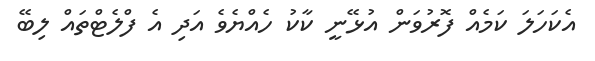
އެކަހަލަ ކަމެއް ފޮރުވަން އުޅޭނީ ކާކު ހެއްޔެވެ އަދި އެ ފްލެޓްތައް ލިބޭ